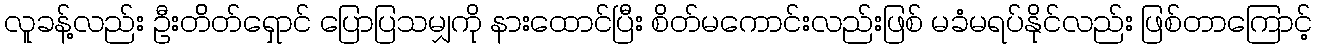
လူခန့်လည်း ဦးတ်ိတ်ရှောင် ပြောပြသမျှကို နားထောင်ပြီး စိတ်မကောင်းလည်းဖြစ် မခံမရပ်နိုင်လည်း ဖြစ်တာကြောင့်